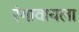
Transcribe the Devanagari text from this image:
रंगावायला